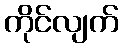
ကိုင်လျက်